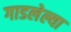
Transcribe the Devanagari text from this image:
गाडलेल्या